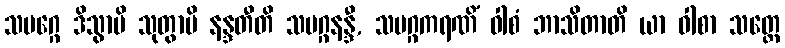
သမဂ္ဂေ ဒိသွာပိ သုတွာပိ နန္ဒတီတိ သမဂ္ဂနန္ဒီ, သမဂ္ဂကရဏိံ ဝါစံ ဘာသိတာတိ ယာ ဝါစာ သတ္တေ